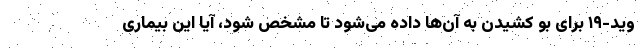
وید-۱۹ برای بو کشیدن به آن‌ها داده می‌شود تا مشخص شود، آیا این بیماری